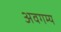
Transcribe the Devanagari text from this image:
अवगम्य